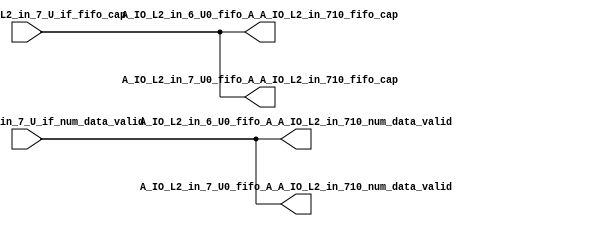
// ==================================================
// RTL generated by RapidStream
//
// Copyright 2024 RapidStream Design Automation, Inc.
// All Rights Reserved.
// ==================================================
`timescale 1 ns / 1 ps
module __rs_kernel3_aux_split_aux_18 #(
    parameter C_S_AXI_CONTROL_DATA_WIDTH  = 32,
    parameter C_S_AXI_CONTROL_ADDR_WIDTH  = 6,
    parameter C_S_AXI_DATA_WIDTH          = 32,
    parameter C_M_AXI_GMEM_A_ID_WIDTH     = 1,
    parameter C_M_AXI_GMEM_A_ADDR_WIDTH   = 64,
    parameter C_M_AXI_GMEM_A_DATA_WIDTH   = 512,
    parameter C_M_AXI_GMEM_A_AWUSER_WIDTH = 1,
    parameter C_M_AXI_GMEM_A_ARUSER_WIDTH = 1,
    parameter C_M_AXI_GMEM_A_WUSER_WIDTH  = 1,
    parameter C_M_AXI_GMEM_A_RUSER_WIDTH  = 1,
    parameter C_M_AXI_GMEM_A_BUSER_WIDTH  = 1,
    parameter C_M_AXI_GMEM_A_USER_VALUE   = 0,
    parameter C_M_AXI_GMEM_A_PROT_VALUE   = 0,
    parameter C_M_AXI_GMEM_A_CACHE_VALUE  = 3,
    parameter C_M_AXI_DATA_WIDTH          = 32,
    parameter C_M_AXI_GMEM_B_ID_WIDTH     = 1,
    parameter C_M_AXI_GMEM_B_ADDR_WIDTH   = 64,
    parameter C_M_AXI_GMEM_B_DATA_WIDTH   = 512,
    parameter C_M_AXI_GMEM_B_AWUSER_WIDTH = 1,
    parameter C_M_AXI_GMEM_B_ARUSER_WIDTH = 1,
    parameter C_M_AXI_GMEM_B_WUSER_WIDTH  = 1,
    parameter C_M_AXI_GMEM_B_RUSER_WIDTH  = 1,
    parameter C_M_AXI_GMEM_B_BUSER_WIDTH  = 1,
    parameter C_M_AXI_GMEM_B_USER_VALUE   = 0,
    parameter C_M_AXI_GMEM_B_PROT_VALUE   = 0,
    parameter C_M_AXI_GMEM_B_CACHE_VALUE  = 3,
    parameter C_M_AXI_GMEM_C_ID_WIDTH     = 1,
    parameter C_M_AXI_GMEM_C_ADDR_WIDTH   = 64,
    parameter C_M_AXI_GMEM_C_DATA_WIDTH   = 512,
    parameter C_M_AXI_GMEM_C_AWUSER_WIDTH = 1,
    parameter C_M_AXI_GMEM_C_ARUSER_WIDTH = 1,
    parameter C_M_AXI_GMEM_C_WUSER_WIDTH  = 1,
    parameter C_M_AXI_GMEM_C_RUSER_WIDTH  = 1,
    parameter C_M_AXI_GMEM_C_BUSER_WIDTH  = 1,
    parameter C_M_AXI_GMEM_C_USER_VALUE   = 0,
    parameter C_M_AXI_GMEM_C_PROT_VALUE   = 0,
    parameter C_M_AXI_GMEM_C_CACHE_VALUE  = 3,
    parameter C_S_AXI_CONTROL_WSTRB_WIDTH = 4,
    parameter C_S_AXI_WSTRB_WIDTH         = 4,
    parameter C_M_AXI_GMEM_A_WSTRB_WIDTH  = 64,
    parameter C_M_AXI_WSTRB_WIDTH         = 4,
    parameter C_M_AXI_GMEM_B_WSTRB_WIDTH  = 64,
    parameter C_M_AXI_GMEM_C_WSTRB_WIDTH  = 64
) (
    output wire [1:0] A_IO_L2_in_6_U0_fifo_A_A_IO_L2_in_710_fifo_cap,
    output wire [1:0] A_IO_L2_in_6_U0_fifo_A_A_IO_L2_in_710_num_data_valid,
    output wire [1:0] A_IO_L2_in_7_U0_fifo_A_A_IO_L2_in_710_fifo_cap,
    output wire [1:0] A_IO_L2_in_7_U0_fifo_A_A_IO_L2_in_710_num_data_valid,
    input wire  [1:0] fifo_A_A_IO_L2_in_7_U_if_fifo_cap,
    input wire  [1:0] fifo_A_A_IO_L2_in_7_U_if_num_data_valid
);
assign A_IO_L2_in_6_U0_fifo_A_A_IO_L2_in_710_fifo_cap = fifo_A_A_IO_L2_in_7_U_if_fifo_cap;
assign A_IO_L2_in_6_U0_fifo_A_A_IO_L2_in_710_num_data_valid = fifo_A_A_IO_L2_in_7_U_if_num_data_valid;
assign A_IO_L2_in_7_U0_fifo_A_A_IO_L2_in_710_fifo_cap = fifo_A_A_IO_L2_in_7_U_if_fifo_cap;
assign A_IO_L2_in_7_U0_fifo_A_A_IO_L2_in_710_num_data_valid = fifo_A_A_IO_L2_in_7_U_if_num_data_valid;
endmodule